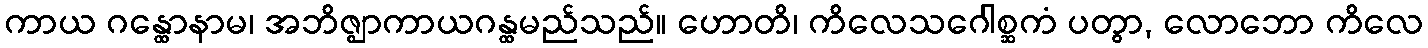
ကာယ ဂန္ထောနာမ၊ အဘိဇ္ဈာကာယဂန္ထမည်သည်။ ဟောတိ၊ ကိလေသဂေါစ္ဆကံ ပတွာ, လောဘော ကိလေ